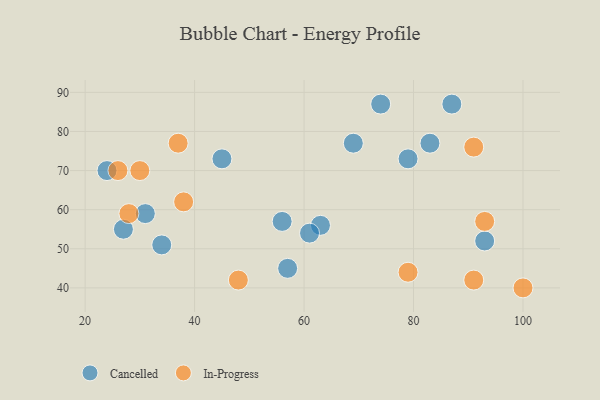
{"axis": {"x": "GDP", "y": "Life Expectancy"}, "legend": ["Cancelled", "In-Progress"], "data": [{"x": "56", "y": 57, "type": "Cancelled"}, {"x": "34", "y": 51, "type": "Cancelled"}, {"x": "74", "y": 87, "type": "Cancelled"}, {"x": "93", "y": 52, "type": "Cancelled"}, {"x": "24", "y": 70, "type": "Cancelled"}, {"x": "69", "y": 77, "type": "Cancelled"}, {"x": "63", "y": 56, "type": "Cancelled"}, {"x": "87", "y": 87, "type": "Cancelled"}, {"x": "79", "y": 73, "type": "Cancelled"}, {"x": "61", "y": 54, "type": "Cancelled"}, {"x": "27", "y": 55, "type": "Cancelled"}, {"x": "45", "y": 73, "type": "Cancelled"}, {"x": "57", "y": 45, "type": "Cancelled"}, {"x": "31", "y": 59, "type": "Cancelled"}, {"x": "83", "y": 77, "type": "Cancelled"}, {"x": "37", "y": 77, "type": "In-Progress"}, {"x": "93", "y": 57, "type": "In-Progress"}, {"x": "79", "y": 44, "type": "In-Progress"}, {"x": "26", "y": 70, "type": "In-Progress"}, {"x": "38", "y": 62, "type": "In-Progress"}, {"x": "28", "y": 59, "type": "In-Progress"}, {"x": "48", "y": 42, "type": "In-Progress"}, {"x": "91", "y": 76, "type": "In-Progress"}, {"x": "100", "y": 40, "type": "In-Progress"}, {"x": "91", "y": 42, "type": "In-Progress"}, {"x": "30", "y": 70, "type": "In-Progress"}]}